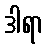
ဒါရာ